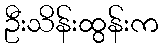
ဦးသိန်းထွန်းက